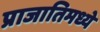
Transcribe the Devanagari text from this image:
प्राजातिमध्ये